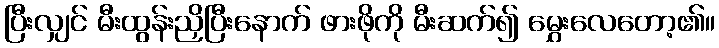
ပြီးလျှင် မီးထွန်းညှိပြီးနောက် ဖားဖိုကို မီးဆက်၍ မွှေးလေတော့၏။